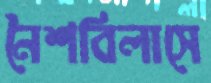
নৈশবিলাসে